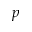
p